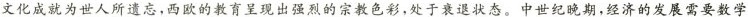
文化成就为世人所遗忘，西欧的教育呈现出强烈的宗教色彩，处于衰退状态。中世纪晚期，经济的发展需要数学